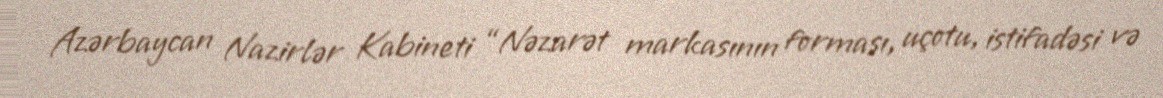
Azərbaycan Nazirlər Kabineti “Nəzarət markasının forması, uçotu, istifadəsi və